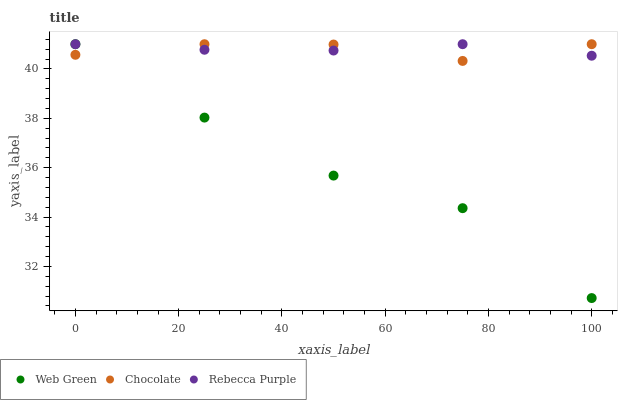
| xaxis_label | Web Green | Chocolate | Rebecca Purple |
 | --- | --- | --- | --- |
 | 0 | 41 | 40.6 | 41 |
 | 25 | 38 | 41 | 40.8 |
 | 50 | 35.7 | 41 | 40.7 |
 | 75 | 34.4 | 40.3 | 41 |
 | 100 | 30.7 | 41 | 40.5 |